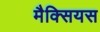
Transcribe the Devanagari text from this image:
मैक्सियस